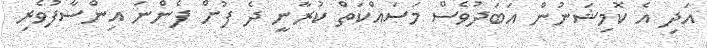
އަދި އެ ކޮމިޝަނުން އަބަދުވެސް މަސައްކަތް ކުރާނީ ދެ ފުށް ފެންނަ އިންސާފުވެރި